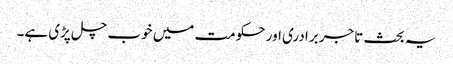
یہ بحث تاجر برادری اور حکومت میں خوب چل پڑی ہے۔